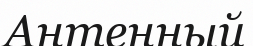
Антенный